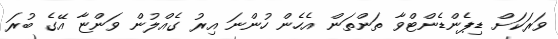
ވަރަކަށް ޑިޕެންޑެންޓްވާ ތަންތަން އެހެން ހުންނަ އިރު ގެއްލުން ވަންޏާ އޭގެ ބުރަ